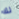
لك